Civil Veterinary Department Bengal reports 1923-33 - 1923-1933
Year: 1923
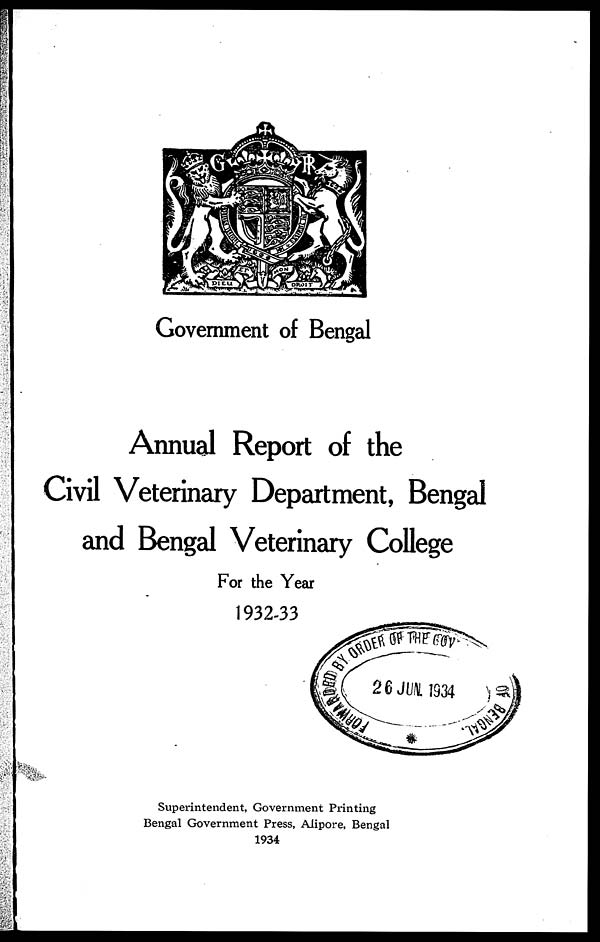
Government of Bengal
Annual Report of the
Civil Veterinary Department, Bengal
and Bengal Veterinary College
For the Year
1932-33
Superintendent, Government Printing
Bengal Government Press, Alipore, Bengal
1934